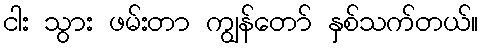
ငါး သွား ဖမ်းတာ ကျွန်တော် နှစ်သက်တယ်။